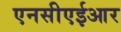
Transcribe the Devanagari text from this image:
एनसीएईआर